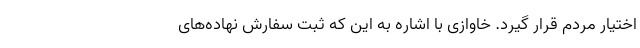
اختیار مردم قرار گیرد. خاوازی با اشاره به این که ثبت سفارش نهاده‌های